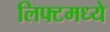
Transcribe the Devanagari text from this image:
लिफ्टमध्ये